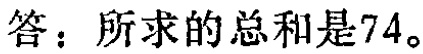
答：所求的总和是74。